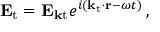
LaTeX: \mathbf { E } _ { \mathrm { t } } = \mathbf { E } _ { \mathbf { k } { \mathrm { t } } } e ^ { i ( \mathbf { k _ { \mathrm { t } } \cdot r } - \omega t ) } \, ,